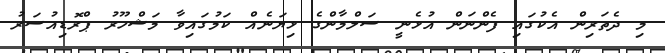
މި ދެތަރިން އެކުގައި ފެންނަން އުޅެނީ ސަލްމާންގެ ޅިޔަނެއް ކަމުގައިވާ މަޝްހޫރު ޕްރޮޑިއުސަރު